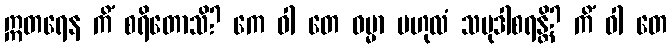
ဣတရေန ကိံ စရိတောသိ? ကေ ဝါ တေ ဓမ္မာ ဗဟုလံ သမုဒါစရန္တိ? ကိံ ဝါ တေ